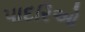
પાદરિઓ